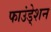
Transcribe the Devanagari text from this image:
फाउंडे्शन